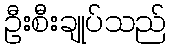
ဦးစီးချုပ်သည်